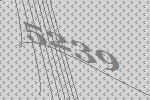
5239